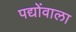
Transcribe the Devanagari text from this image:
पद्योंवाला